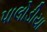
પાલોડીયા